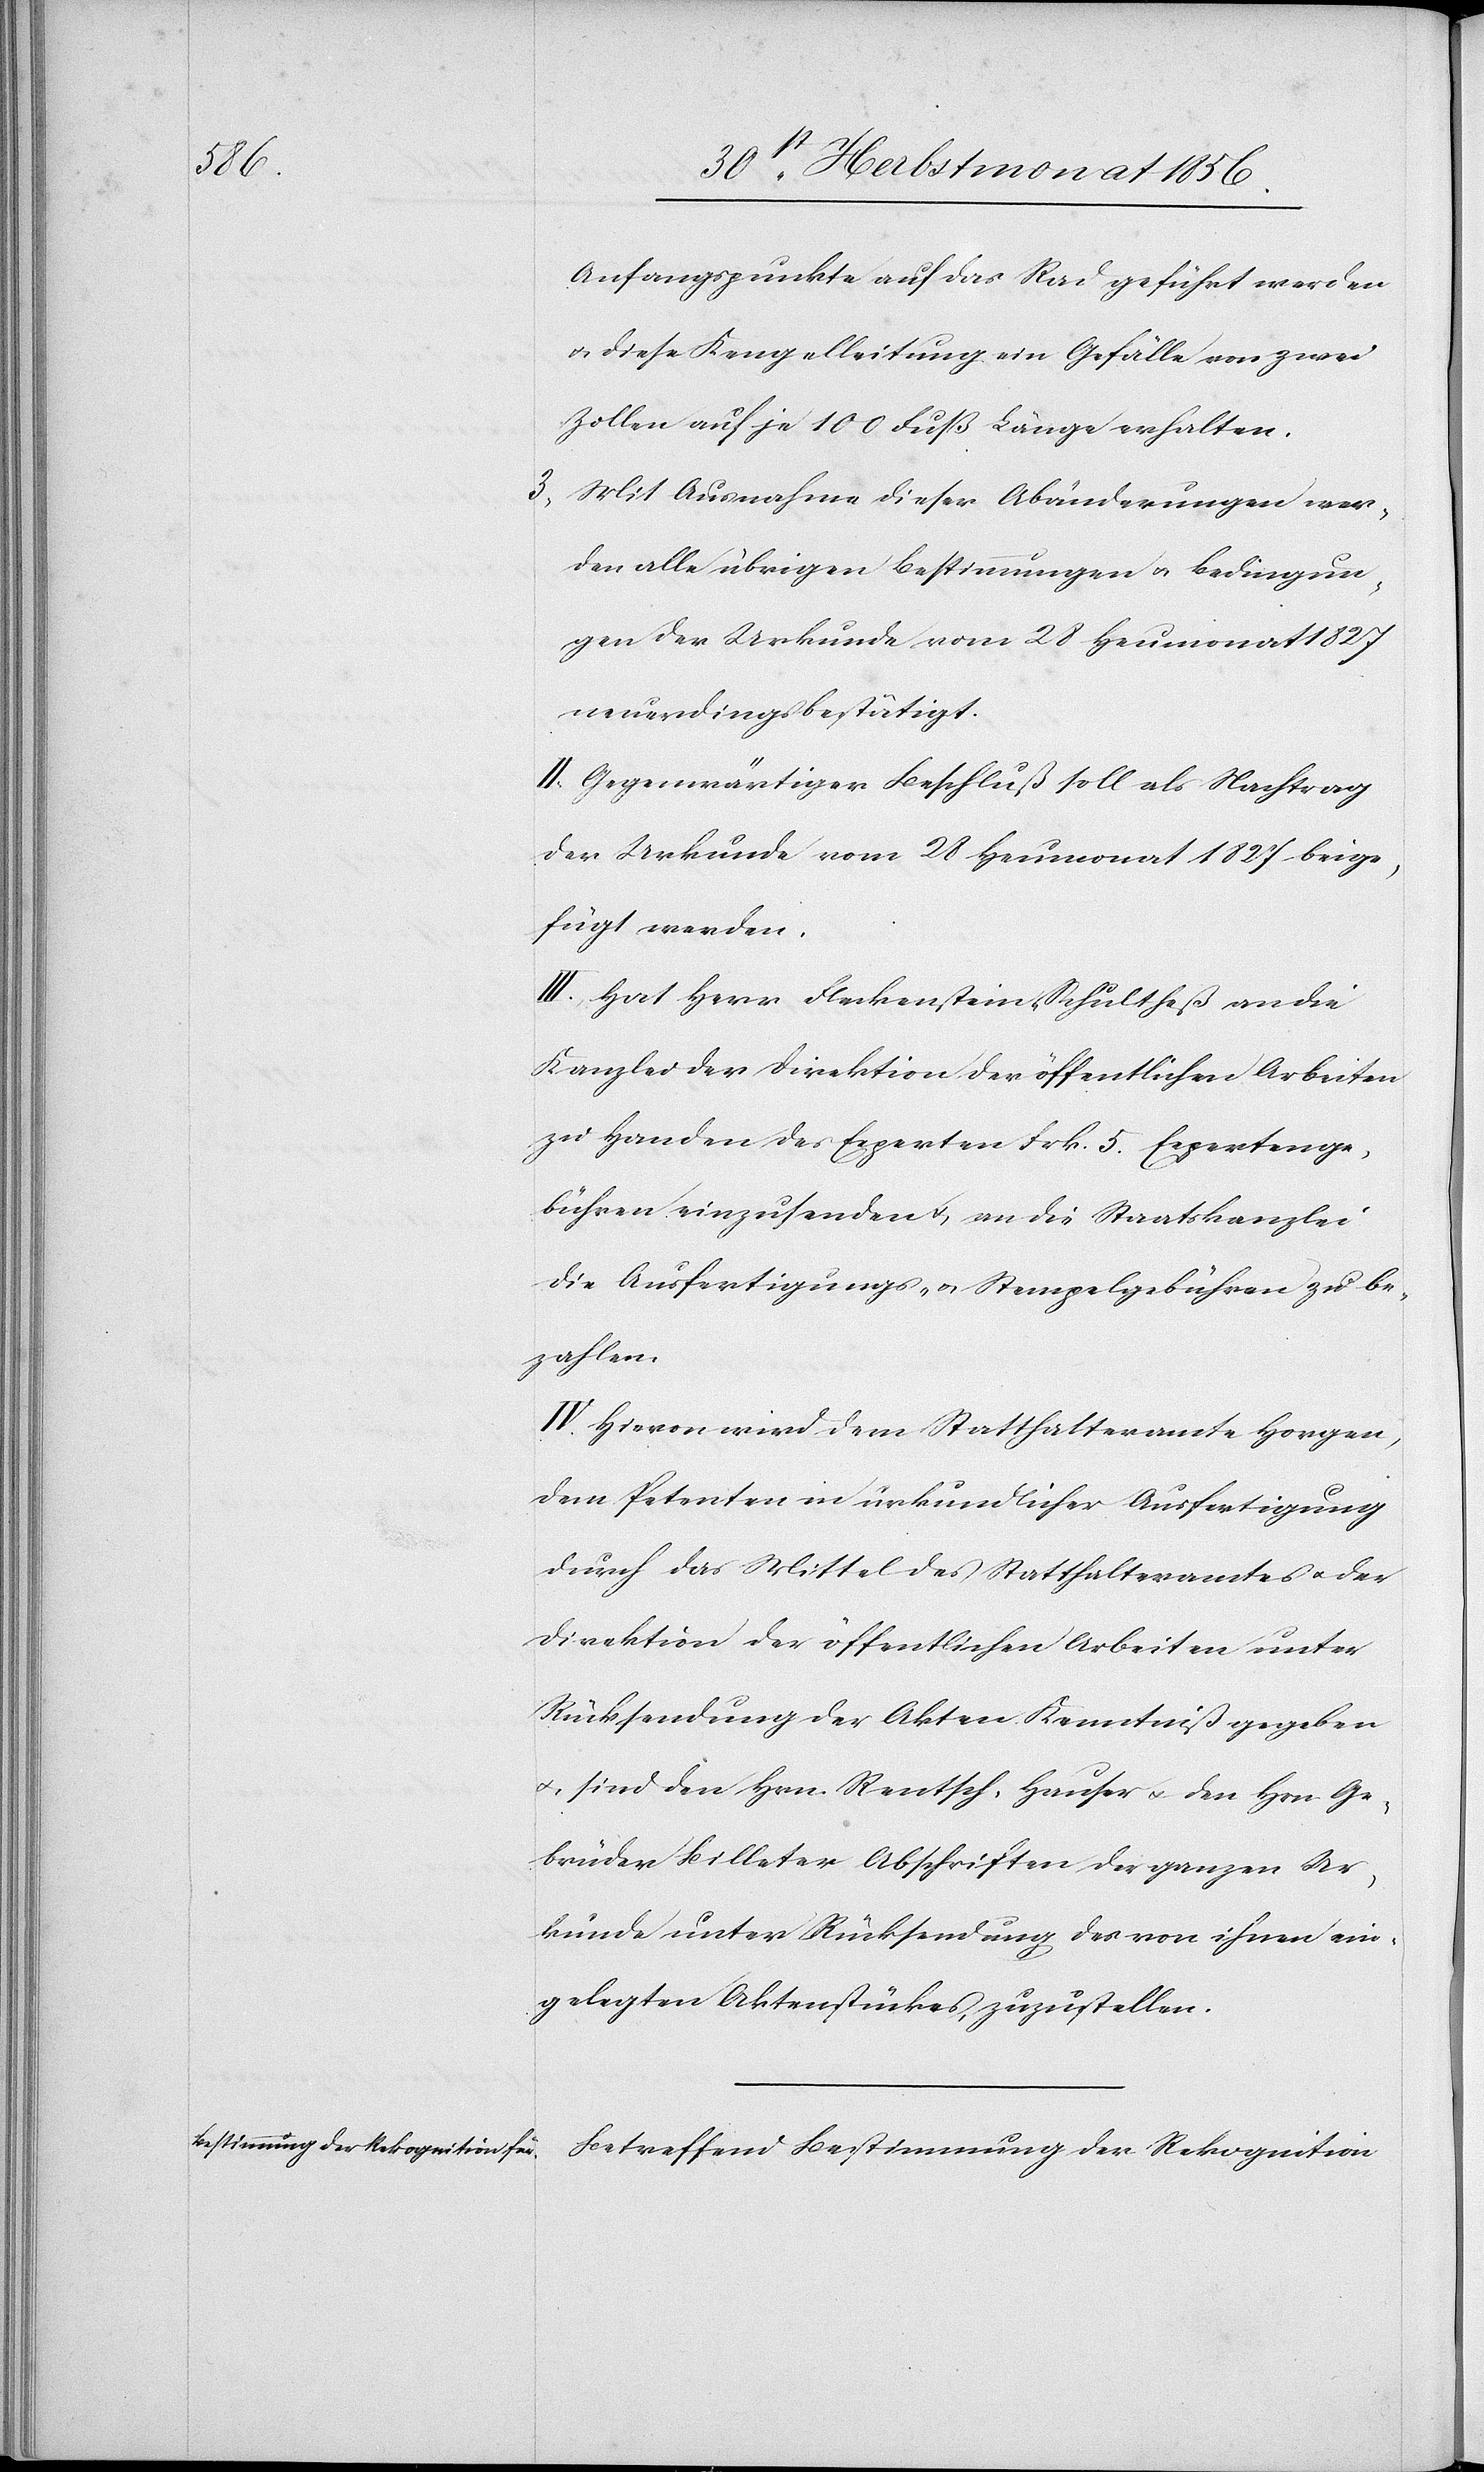
Auffangspunkte auf das Rad geführt werden
u. diese Kengelleitung ein Gefälle von zwei
Zollen auf je 100 Fuß Länge erhalten.
3) Mit Ausnahme dieser Abänderungen wer¬
den alle übrigen Bestimmungen u. Bedingun¬
gen der Urkunde vom 28 Heumonat 1827
neuerdings bestätigt.
II. Gegenwärtiger Beschluß soll als Nachtrag
der Urkunde vom 28 Heumonat 1827 beige¬
fügt werden.
III. Hat Herr Fleckenstein-Schultheß an die
Kanzlei der Direktion der öffentlichen Arbeiten
zu Handen des Experten Frk. 5. Expertenge¬
bühren einzusenden & an die Staatskanzlei
die Ausfertigungs- u. Stempelgebühren zu be¬
zahlen.
IV. Hievon wird dem Statthalteramte Horgen,
dem Petenten in urkundlicher Ausfertigung
durch das Mittel des Statthalteramtes u. der
Direktion der öffentlichen Arbeiten unter
Rücksendung der Akten Kenntniß gegeben
u. sind den Hrn. Rentsch, Hauser u. den Hrn Ge¬
brüder Billeter Abschriften der ganzen Ur¬
kunde unter Rücksendung des von ihnen ein¬
gelegten Aktenstückes, zuzustellen.
Betreffend Bestimmung der Rekognition